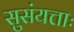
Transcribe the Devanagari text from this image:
सुसंयत्ताः